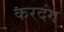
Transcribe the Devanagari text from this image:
करदंग